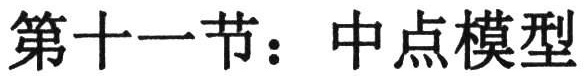
第十一节：中点模型